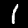
Label: 1